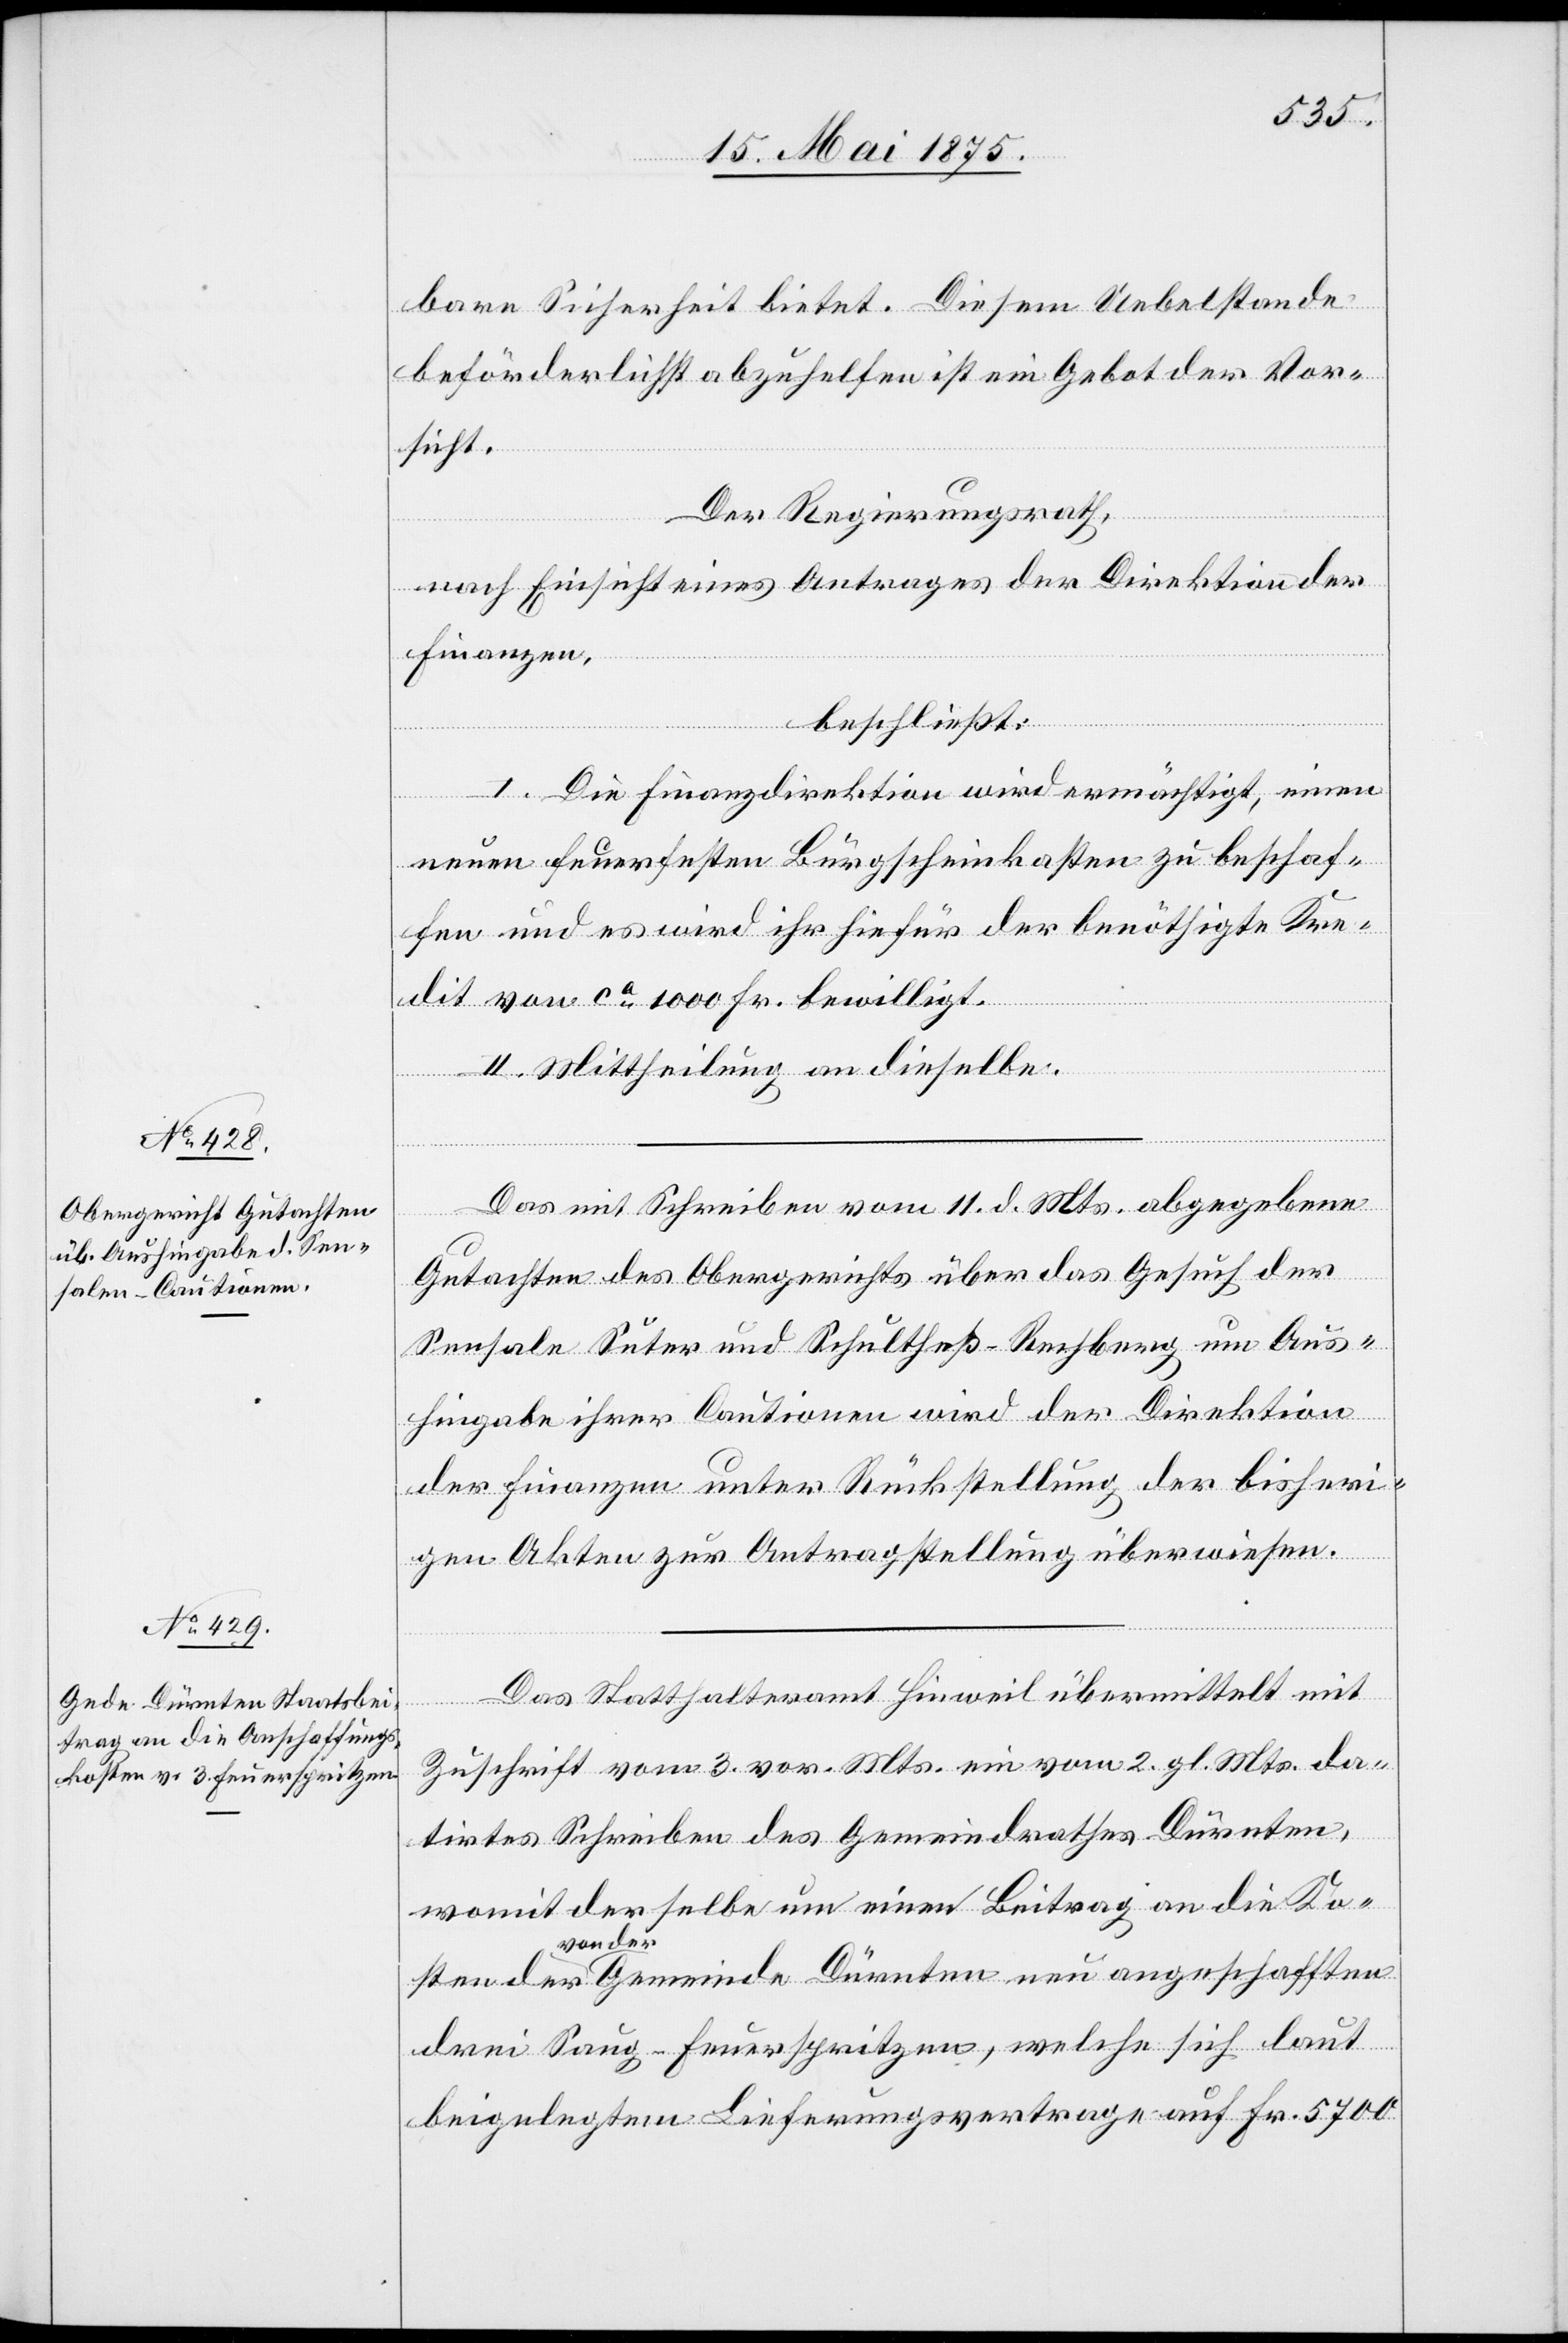
bare Sicherheit bietet. Diesem Uebelstande
beförderlichst abzuhelfen ist ein Gebot der Vor¬
sicht.
Der Regierungsrath,
nach Einsicht eines Antrages der Direktion der
Finanzen,
beschließt:
I. Die Finanzdirektion wird ermächtigt, einen
neuen feuerfesten Bürgscheinkasten zu beschaf¬
fen und es wird ihr hiefür der benöthigte Kre¬
dit von ca 1000 Fr. bewilligt.
II. Mittheilung an dieselbe.
Das mit Schreiben vom 11. d. Mts. abgegebene
sten der a-v¬
Gutachten des Obergerichts über das Gesuch der
Sensale Suter und Schultheß-Rechberg um Aus¬
hingabe ihrer Cautionen wird der Direktion
der Finanzen unter Rückstellung der bisheri¬
gen Akten zur Antragstellung überwiesen.
Das Statthalteramt Hinweil übermittelt mit
Zuschrift vom 3. vor. Mts. ein vom 2. gl. Mts. da¬
tirtes Schreiben des Gemeindrathes Dürnten,
womit derselbe um einen Beitrag an die Ko¬
on der-a Gemeinde Dürnten neu angeschafften
drei Saug-Feuerspritzen, welche sich laut
beigelegten Lieferungsverträgen auf Fr. 5700